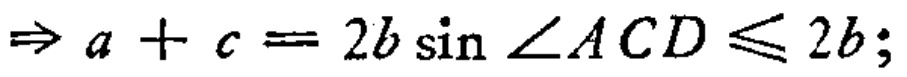
\(\Rightarrow a + c = 2b\sin\angle ACD\leqslant 2b;\)